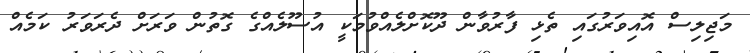
މަޖިލިސް އޮއިވަރުގައި ތެޅި ފާރުވާން ދޫކޮށްލެއްވުމަކީ އުސޫލެއްގެ ގޮތުން ވަރަށް ދެރަވަރު ކަމެއް